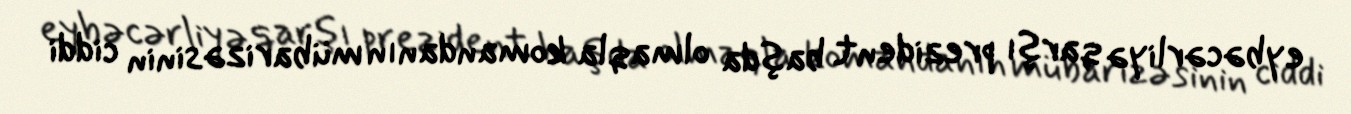
eybəcərliyə qarşı prezident başda olmaqla komandanın mübarizəsinin ciddi